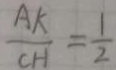
\frac { A K } { C H } = \frac { 1 } { 2 }